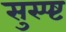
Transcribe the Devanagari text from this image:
सुस्प्ष्ट